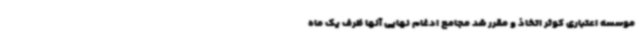
موسسه اعتباری کوثر اتخاذ و مقرر شد مجامع ادغام نهایی آنها ظرف یک ماه